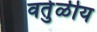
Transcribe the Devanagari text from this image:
वर्तुळीय